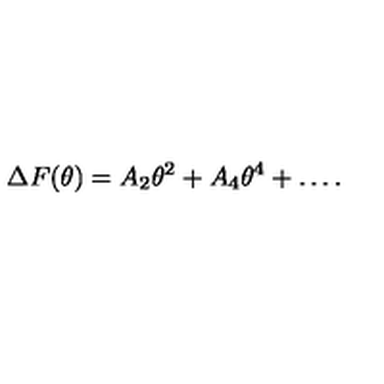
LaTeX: \Delta F ( \theta ) = A _ { 2 } \theta ^ { 2 } + A _ { 4 } \theta ^ { 4 } + \ldots .